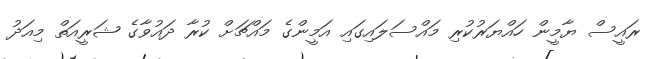
ރައީސް ޔާމީން ހައްޔަރުކުރި މައްސަލައިގައި އަމީންގެ މައްޗަށް ކުރާ ދައުވާގެ ޝަރީއަތް މިއަދު